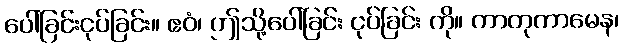
ပေါ်ခြင်းငုပ်ခြင်း။ ဧဝံ၊ ဤသို့ပေါ်ခြင်း ငုပ်ခြင်း ကို။ ကာတုကာမေန၊